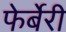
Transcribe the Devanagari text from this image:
फेर्बेरी